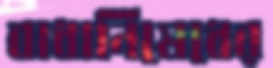
বাধানিষেধের